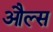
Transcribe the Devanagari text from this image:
औल्स